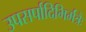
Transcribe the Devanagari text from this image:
उपसर्पादिभिर्मंत्रैः